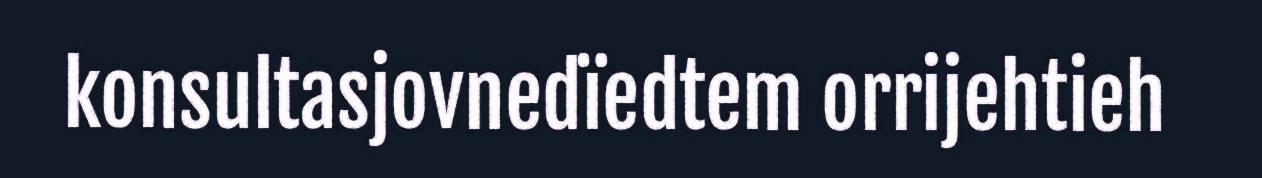
konsultasjovnedïedtem orrijehtieh